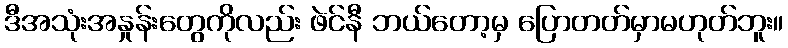
ဒီအသုံးအနှုန်းတွေကိုလည်း ဖဲင်နီ ဘယ်တော့မှ ပြောတတ်မှာမဟုတ်ဘူး။